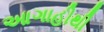
આગાહીથી